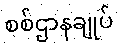
စစ်ဌာနချုပ်